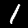
Digit: 1